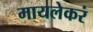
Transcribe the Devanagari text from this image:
मायलेकरं